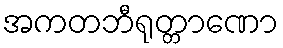
အကတဘီရုတ္တာဏော